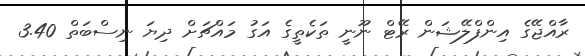
ރާއްޖޭގެ އިންފްލޭޝަން ރޭޓް ނޫނީ ތަކެތީގެ އަގު މައްޗަށް ދިޔަ ނިސްބަތް 3.40